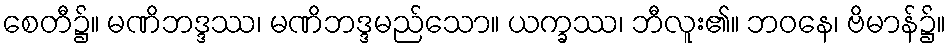
စေတီ၌။ မဏိဘဒ္ဒဿ၊ မဏိဘဒ္ဒမည်သော။ ယက္ခဿ၊ ဘီလူး၏။ ဘဝနေ၊ ဗိမာန်၌။